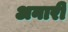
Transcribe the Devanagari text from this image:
अनारी